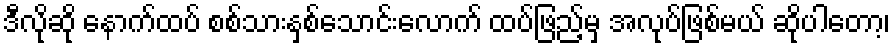
ဒီလိုဆို နောက်ထပ် စစ်သားနှစ်သောင်းလောက် ထပ်ဖြည့်မှ အလုပ်ဖြစ်မယ် ဆိုပါတော့၊